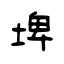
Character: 埤